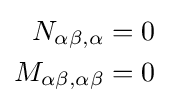
{\begin{aligned}N_{\alpha \beta ,\alpha }&=0\\M_{\alpha \beta ,\alpha \beta }&=0\end{aligned}}